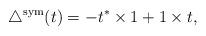
LaTeX: \begin{align*}\triangle^{\rm sym} (t) = -t^* \times 1 + 1\times t,\end{align*}